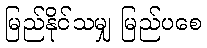
မြည်နိုင်သမျှ မြည်ပစေ